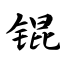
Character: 锟